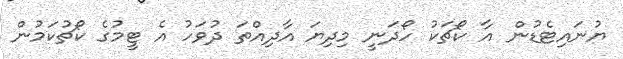
ޔުނައިޓެޑުން އާ ކޯޗަކު ހޯދަނީ މިދިޔަ އާދިއްތަ ދުވަހު އެ ޓީމުގެ ކޯޗުކަމުން